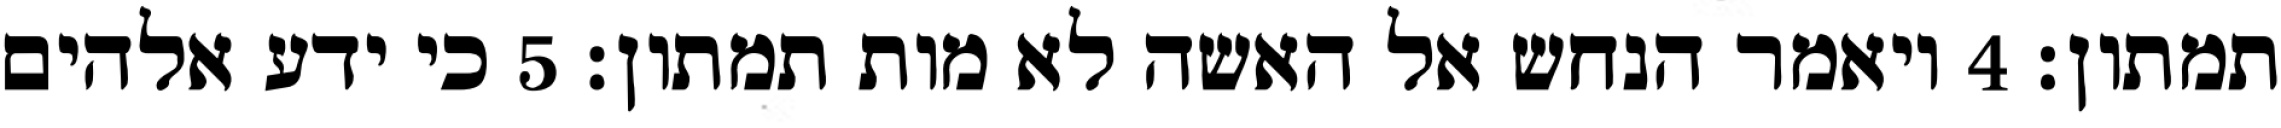
תמתון׃ ‎4‏ ויאמר הנחש אל האשה לא מות תמתון׃ ‎5‏ כי ידע אלהים